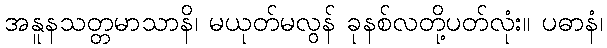
အနူနသတ္တမာသာနိ၊ မယုတ်မလွန် ခုနစ်လတို့ပတ်လုံး။ ပဓာနံ၊